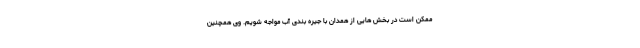
ممکن است در بخش هایی از همدان با جیره بندی آب مواجه شویم. وی همچنین